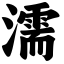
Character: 濡